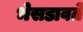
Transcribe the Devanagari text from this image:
भेसडावते